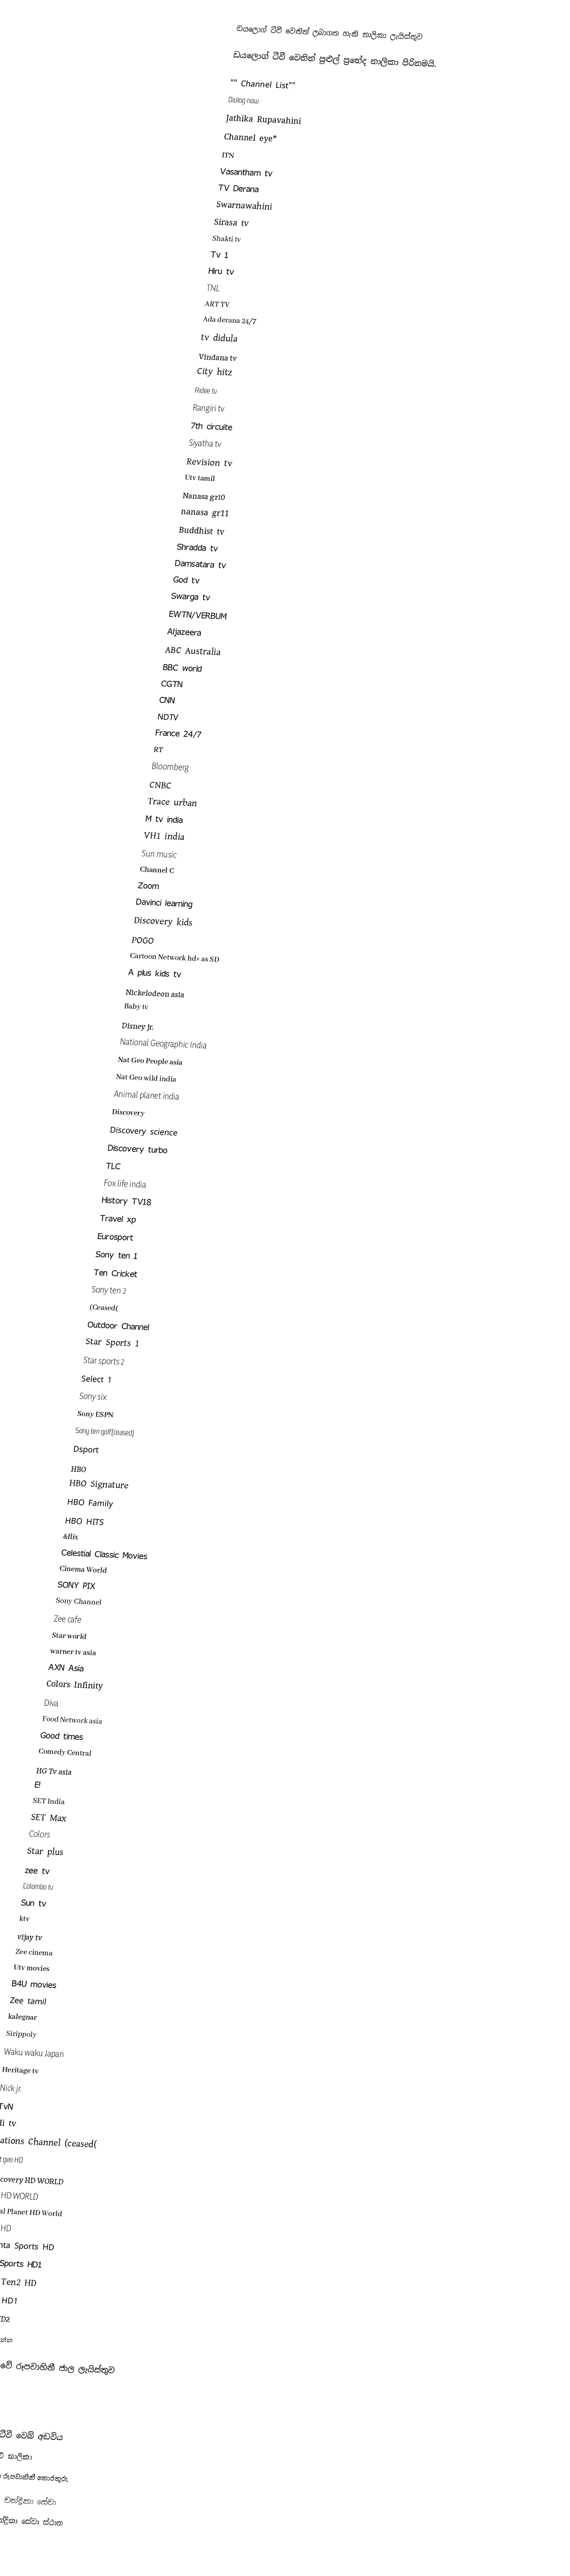

ඩයලොග් ටීවී වෙතින් ලබාගත හැකි නාලිකා ලැයිස්තුව

ඩයලොග් ටීවී වෙතින් පුළුල් ප්‍රභේද නාලිකා පිරිනමයි.

"" Channel List""
 Diolog now
Jathika Rupavahini
 Channel eye*
ITN
 Vasantham tv
 TV Derana
 Swarnawahini
 Sirasa tv
 Shakti tv
 Tv 1
 Hiru tv
 TNL
 ART TV
 Ada derana 24/7
 tv didula
 Vindana tv
 City hitz
 Ridee tv
 Rangiri tv
 7th circuite
 Siyatha tv
 Revision tv
 Utv tamil
 Nanasa gr10
 nanasa gr11
 Buddhist tv
 Shradda tv
 Damsatara tv
 God tv
 Swarga tv
 EWTN/VERBUM
 Aljazeera
 ABC Australia
 BBC world
 CGTN
 CNN
 NDTV
 France 24/7
 RT
 Bloomberg
 CNBC
 Trace urban
 M tv india
 VH1 india
 Sun music
 Channel C
 Zoom
 Davinci learning
 Discovery kids
 POGO
 Cartoon Network hd+ as SD
 A plus kids tv
 Nickelodeon asia
 Baby tv
 Disney jr.
 National Geographic India
 Nat Geo People asia
 Nat Geo wild india
 Animal planet india
 Discovery
 Discovery science
 Discovery turbo
 TLC
 Fox life india
 History TV18
 Travel xp
 Eurosport
 Sony ten 1
 Ten Cricket
 Sony ten 2
 (Ceased(
 Outdoor Channel
 Star Sports 1
 Star sports 2
 Select 1
 Sony six
 Sony ESPN
 Sony ten golf(ceased)
 Dsport
 HBO
 HBO Signature
 HBO Family
 HBO HITS
 &flix
 Celestial Classic Movies
 Cinema World
 SONY PIX
 Sony Channel
 Zee cafe
 Star world
 warner tv asia
 AXN Asia
 Colors Infinity
 Diva
 Food Network asia
 Good times
 Comedy Central
 HG Tv asia
 E!
 SET India
 SET Max
 Colors
 Star plus
 zee tv
 Colombo tv
 Sun tv
 ktv
 vijay tv
 Zee cinema
 Utv movies
 B4U movies
 Zee tamil
 kalegnar
 Sirippoly
 Waku waku Japan
 Heritage tv
 Nick jr.
 TvN
 Hi tv
 Nations Channel (ceased(
 Nat geo HD
 Discovery HD WORLD
 TLC HD WORLD
 Aimal Planet HD World
 AXN HD
 Setanta Sports HD
 Star Sports HD1
 Sony Ten2 HD
 Select HD1
 Select HD2

මෙයද බලන්න

ශ්‍රී ලංකාවේ රූපවාහිනී ජාල ලැයිස්තුව

ආශ්‍රිත

බාහිර සබැඳි
ඩයලොග් ටීවී වෙබ් අඩවිය
ඩයලොග් ටීවී නාලිකා
ලංකා චන්ද්‍රිකා රූපවාහිනී තොරතුරු

සෘජු පැතුරුම් චන්ද්‍රිකා සේවා
 ශ්‍රී ලංකාවේ චන්ද්‍රිකා සේවා ස්ථාන